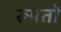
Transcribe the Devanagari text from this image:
रूपतो